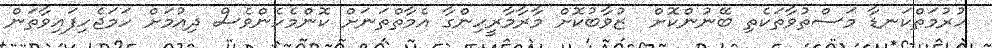
ހުރުމަތްކަނޑާ މަސްތުވާތަކެތި ބޭނުންކޮށް  ޒުވާބުކޮށް މާރާމާރީހިންގާ އެމާތްތަނަށް ކޮންމެހެންވެސް ދިއުމަށް ހަމަޖެހިފައިވާތަން